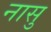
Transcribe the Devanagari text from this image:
नासु